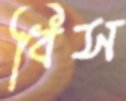
বিস